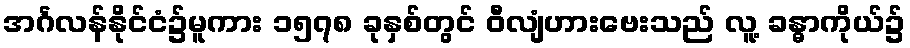
အင်္ဂလန်နိုင်ငံ၌မူကား ၁၅၇၈ ခုနှစ်တွင် ဝီလျံဟားဗေးသည် လူ့ ခန္ဓာကိုယ်၌